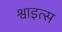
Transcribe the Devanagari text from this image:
श्वाइत्स